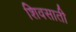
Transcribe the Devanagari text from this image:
शिवसाती